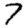
Digit: 7